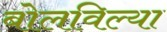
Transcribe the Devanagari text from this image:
बोलविल्या